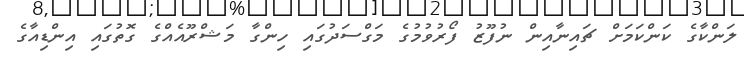
ލަންކާގެ ކަންކަމަށް ޗައިނާއިން ނުފޫޒު ފޯރުވުމުގެ މަގްސަދުގައި ހިންގާ މަޝްރޫއެއްގެ ގޮތުގައި އިންޑިއާގެ